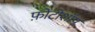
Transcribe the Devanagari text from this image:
फ़ोटोशॉप